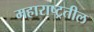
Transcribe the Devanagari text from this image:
महाराष्ट्रतील